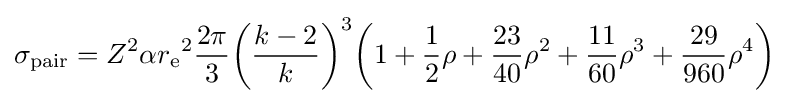
\sigma _{\text{pair}}=Z^{2}\alpha {r_{\text{e}}}^{2}{\frac {2\pi }{3}}{\biggl (}{\frac {k-2}{k}}{\biggr )}^{3}{\biggl (}1+{\frac {1}{2}}\rho +{\frac {23}{40}}\rho ^{2}+{\frac {11}{60}}\rho ^{3}+{\frac {29}{960}}\rho ^{4}{\biggr )}